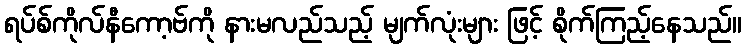
ရပ်စ်ကိုလ်နီကော့ဗ်ကို နားမလည်သည့် မျက်လုံးများ ဖြင့် စိုက်ကြည့်နေသည်။